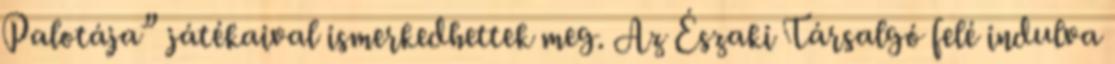
Palotája” játékaival ismerkedhettek meg. Az Északi Társalgó felé indulva